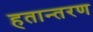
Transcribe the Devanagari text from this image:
हतान्तरण